Plague in India, 1896, 1897 - Volume 2
Year: 1896
Disease focus: Plague
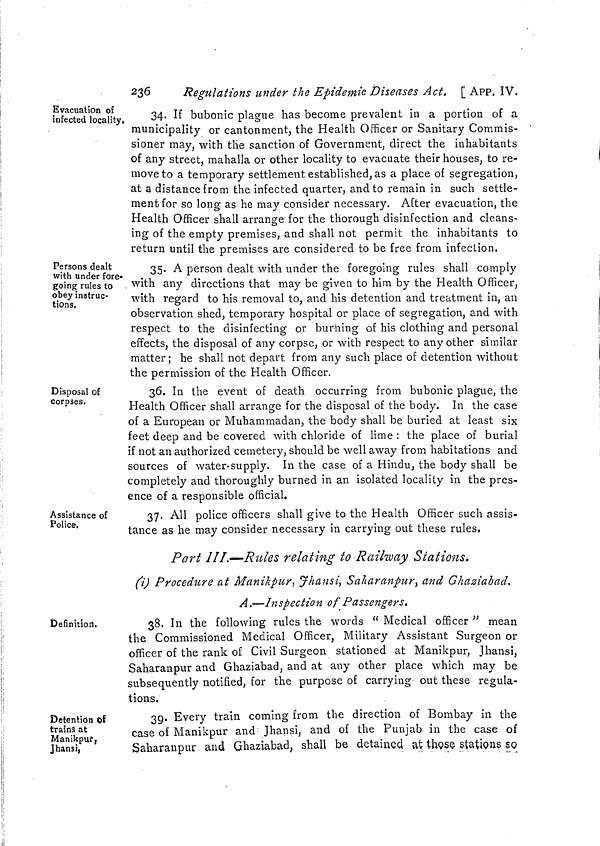
236
Regulations under the Epidemic Diseases Act. [ APP. IV.
Evacuation of
infected locality.
34. If bubonic plague has become prevalent in a portion of a
municipality or cantonment, the Health Officer or Sanitary Commis-
sioner may, with the sanction of Government, direct the inhabitants
of any street, mahalla or other locality to evacuate their houses, to re-
move to a temporary settlement established, as a place of segregation,
at a distance from the infected quarter, and to remain in such settle-
ment for so long as he may consider necessary. After evacuation, the
Health Officer shall arrange for the thorough disinfection and cleans-
ing of the empty premises, and shall not permit the inhabitants to
return until the premises are considered to be free from infection.
Persons dealt
with under fore-
going rules to
obey instruc-
tions.
35. A person dealt with under the foregoing rules shall comply
with any directions that may be given to him by the Health Officer,
with regard to his removal to, and his detention and treatment in, an
observation shed, temporary hospital or place of segregation, and with
respect to the disinfecting or burning of his clothing and personal
effects, the disposal of any corpse, or with respect to any other similar
matter ; he shall not depart from any such place of detention without
the permission of the Health Officer.
Disposal of
corpses.
36. In the event of death occurring from bubonic plague, the
Health Officer shall arrange for the disposal of the body. In the case
of a European or Muhammadan, the body shall be buried at least six
feet deep and be covered with chloride of lime : the place of burial
if not an authorized cemetery, should be well away from habitations and
sources of water-supply. In the case of a Hindu, the body shall be
completely and thoroughly burned in an isolated locality in the pres-
ence of a responsible official.
Assistance of
Police.
37. All police officers shall give to the Health Officer such assis-
tance as he may consider necessary in carrying out these rules.
Part III.—Rules relating to Railway Stations.
(i) Procedure at Manikpur, Fhansi, Saharanpur } and Ghaziabad.
A.—Inspection of Passengers.
Definition.
38. In the following rules the words " Medical officer " mean
the Commissioned Medical Officer, Military Assistant Surgeon or
officer of the rank of Civil Surgeon stationed at Manikpur, Jhansi,
Saharanpur and Ghaziabad, and at any other place which may be
subsequently notified, for the purpose of carrying- out these regula-
tions.
Detention of
traîna at
Manikpur,,
Jhansi,
39. Every train coming from the direction of Bombay in the
case of Manikpur and Jhansi, and of the Punjab in the case of
Saharanpur and Ghaziabad, shall be detained at those stations so